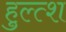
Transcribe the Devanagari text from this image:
हुल्त्श